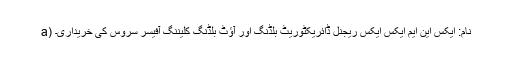
a) نام: ایکس این ایم ایکس ایکس ریجنل ڈائریکٹوریٹ بلڈنگ اور آؤٹ بلڈنگ کلیننگ آفیسر سروس کی خریداری۔